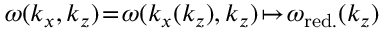
\omega ( k _ { x } , k _ { z } ) \! = \! \omega ( k _ { x } ( k _ { z } ) , k _ { z } ) \! \mapsto \! \omega _ { \mathrm { r e d . } } ( k _ { z } )